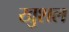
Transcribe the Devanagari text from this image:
खुशल